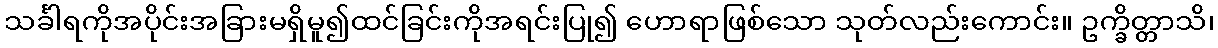
သင်္ခါရကိုအပိုင်းအခြားမရှိမူ၍ထင်ခြင်းကိုအရင်းပြု၍ ဟောရာဖြစ်သော သုတ်လည်းကောင်း။ ဥက္ခိတ္တာသိ၊